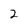
Character: 2